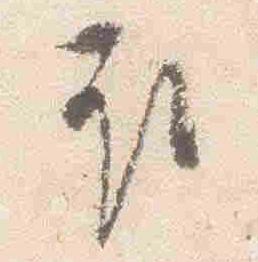
取